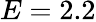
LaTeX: E=2.2